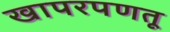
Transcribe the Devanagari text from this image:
खापरपणतू